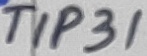
Text: TIP31